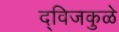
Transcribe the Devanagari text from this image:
द्विजकुळे